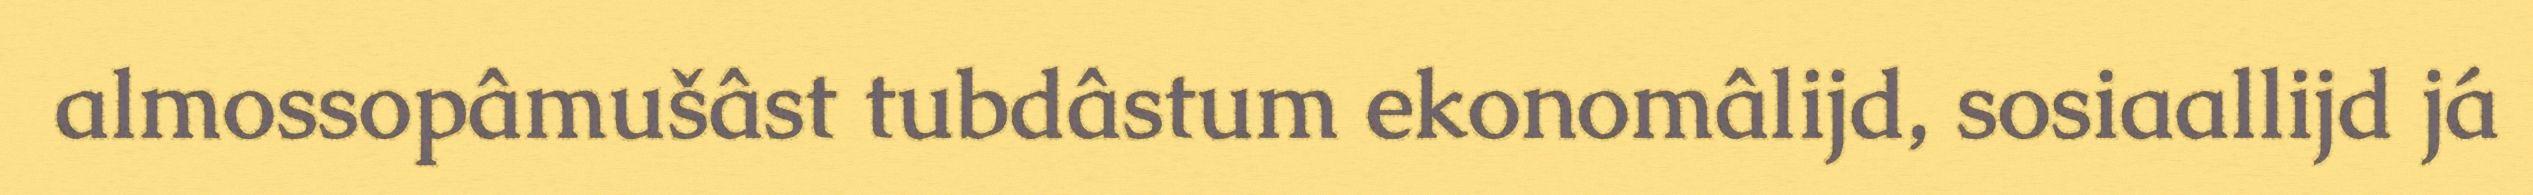
almossopâmušâst tubdâstum ekonomâlijd, sosiaallijd já